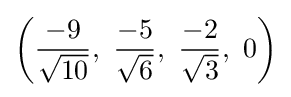
\left({\frac {-9}{\sqrt {10}}},\ {\frac {-5}{\sqrt {6}}},\ {\frac {-2}{\sqrt {3}}},\ 0\right)